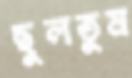
ছুলতুম